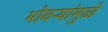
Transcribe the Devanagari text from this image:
भोवर्‍यांमुळे